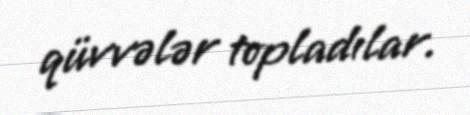
qüvvələr topladılar.